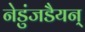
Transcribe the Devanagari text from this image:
नेडुंजडैयन्